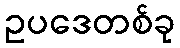
ဥပဒေတစ်ခု